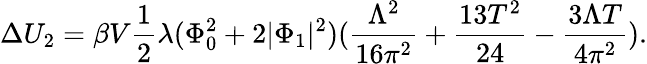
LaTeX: \Delta U_{2}=\beta V{\frac{1}{2}}\lambda(\Phi_{0}^{2}+2|\Phi_{1}|^{2})({\frac{\Lambda^{2}}{16\pi^{2}}}+{\frac{13T^{2}}{24}}-{\frac{3\Lambda T}{4\pi^{2}}}).